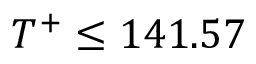
T ^ { + } \leq 1 4 1 . 5 7